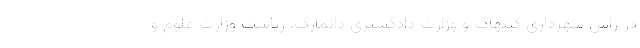
در راس شهرداری کپنهاگ و وزارت دادگستری دانمارک، ریاست وزارت علوم و